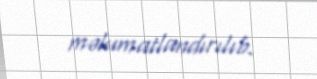
məlumatlandırılıb.